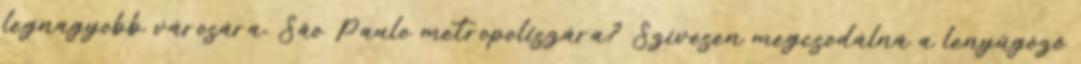
legnagyobb városára, São Paulo metropoliszára? Szívesen megcsodálná a lenyűgöző